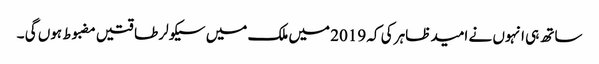
ساتھ ہی انہوں نے امید ظاہر کی کہ 2019 میں ملک میں سیکولر طاقتیں مضبوط ہوں گی ۔